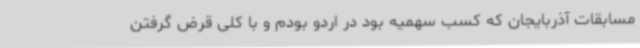
مسابقات آذربایجان که کسب سهمیه بود در اردو بودم و با کلی قرض گرفتن